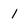
Character: l